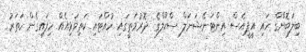
ބިލަބޮންގް ހައި އީޕީއެސް އިންޓަނޭޝަނަލް ސްކޫލްގެ ދޮރުމަތީގައި ހުއްޓައި ކަތިވަޅިއެއް ހިފައިގެން ހަތަރު